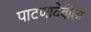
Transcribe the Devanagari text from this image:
पाटणादेवीला